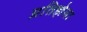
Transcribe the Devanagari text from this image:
प्रतिज्ञेला